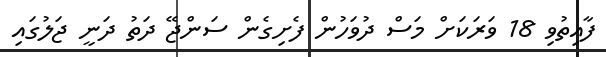
ފާއިތުވި 18 ވަރަކަށް މަސް ދުވަހުން ފެށިގެން ސަންޖޭ ދަތު ދަނީ ޖަލުގައި